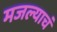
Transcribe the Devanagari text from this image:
मजल्याचं